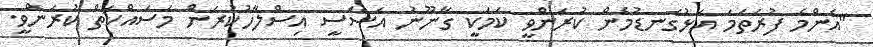
"އެންމެ ފުރަތަމަ އަޅުގަނޑުމެން ކުރަންވީ ކަމަކީ ގާނޫނު އަސާސީ އިސްލާހުކުރަން މަސައްކަތް ކުރަންވީ.